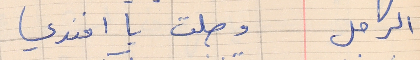
الرجل    وصلت يا افندي